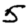
Digit: 5